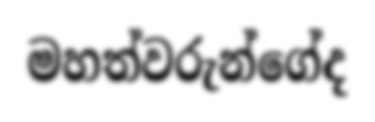
මහත්වරුන්ගේද